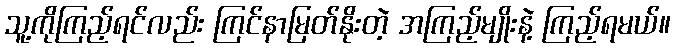
သူ့ကိုကြည့်ရင်လည်း ကြင်နာမြတ်နိုးတဲ့ အကြည့်မျိုးနဲ့ ကြည့်ရမယ်။